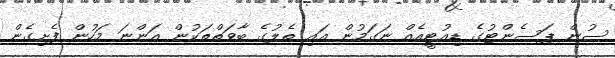
ސުން ޕަސެންޓުގެ ޑިއުޓީއެއް ނަގަމުން އައި ތެލުގެ ބާވަތްތަކުން އަންނަ މަހުން ފެށިގެން